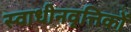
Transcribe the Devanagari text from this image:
स्वाधीनवृत्तिकों